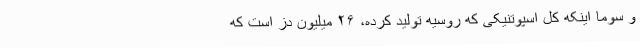
و سوما اینکه کل اسپوتنیکی که روسیه تولید کرده، ۲۶ میلیون دز است که